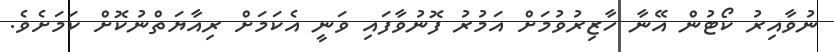
ނުވާއިރު ކޯޓުން އޭނާ ހާޒިރުވުމަށް އަމުރު ފޮނުވާފައި ވަނީ އެކަމަށް ރިއާޔަތްނުކޮށް ކަމަށެވެ.